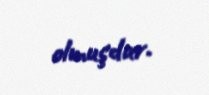
olmuşdur.